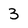
Character: 3